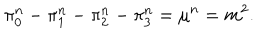
\pi _ { 0 } ^ { n } - \pi _ { 1 } ^ { n } - \pi _ { 2 } ^ { n } - \pi _ { 3 } ^ { n } = \mu ^ { n } = m ^ { 2 } .